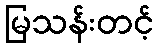
မြသန်းတင့်